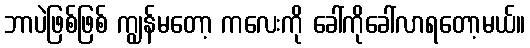
ဘာပဲဖြစ်ဖြစ် ကျွန်မတော့ ကလေးကို ခေါ်ကိုခေါ်လာရတော့မယ်။